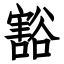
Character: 豁